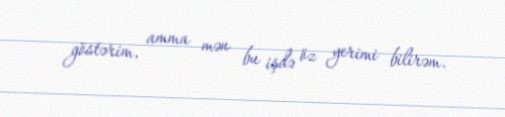
göstərim, amma mən bu işdə öz yerimi bilirəm.